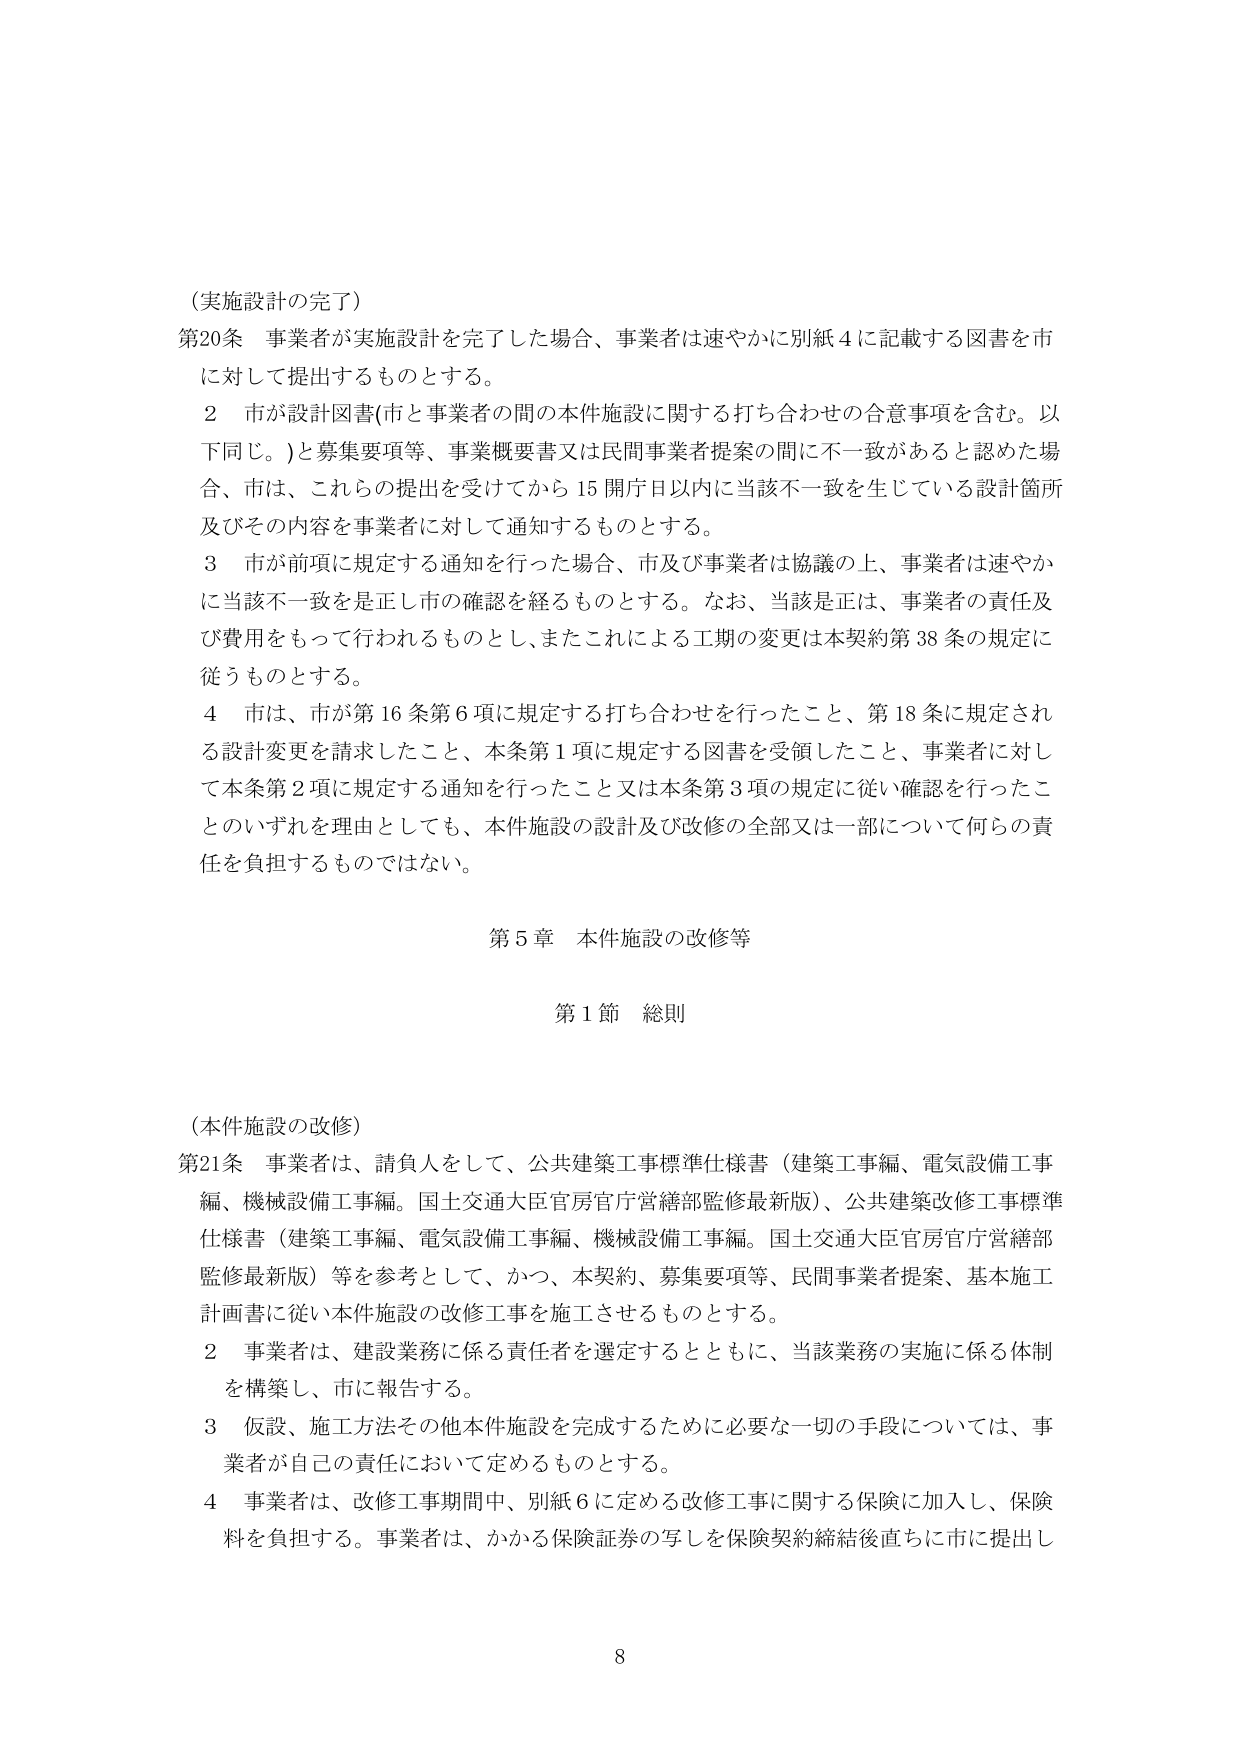
（実施設計の完了）

第20条 事業者が実施設計を完了した場合、事業者は速やかに別紙４に記載する図書を市に対して提出するものとする。

２ 市が設計図書（市と事業者の間の本件施設に関する打ち合わせの合意事項を含む。以下同じ。）と募集要項等、事業概要書又は民間事業者提案の間に不一致があると認めた場合、市は、これらの提出を受けてから15開庁日以内に当該不一致を生じている設計箇所及びその内容を事業者に対して通知するものとする。

３ 市が前項に規定する通知を行った場合、市及び事業者は協議の上、事業者は速やかに当該不一致を是正し市の確認を経るものとする。なお、当該是正は、事業者の責任及び費用をもって行われるものとし、またこれによる工期の変更は本契約第38条の規定に従うものとする。

４ 市は、市が第16条第6項に規定する打ち合わせを行ったこと、第18条に規定される設計変更を請求したこと、本条第1項に規定する図書を受領したこと、事業者に対して本条第2項に規定する通知を行ったこと又は本条第3項の規定に従い確認を行ったことのいずれを理由としても、本件施設の設計及び改修の全部又は一部について何らの責任を負担するものではない。

第5章 本件施設の改修等

第1節 総則

（本件施設の改修）

第21条 事業者は、請負人をして、公共建築工事標準仕様書（建築工事編、電気設備工事編、機械設備工事編。国土交通大臣官房官庁営繕部監修最新版）、公共建築改修工事標準仕様書（建築工事編、電気設備工事編、機械設備工事編。国土交通大臣官房官庁営繕部監修最新版）等を参考として、かつ、本契約、募集要項等、民間事業者提案、基本施工計画書に従い本件施設の改修工事を施工させるものとする。

２ 事業者は、建設業務に係る責任者を選定するとともに、当該業務の実施に係る体制を構築し、市に報告する。

３ 仮設、施工方法その他本件施設を完成するために必要な一切の手段については、事業者が自己の責任において定めるものとする。

４ 事業者は、改修工事期間中、別紙６に定める改修工事に関する保険に加入し、保険料を負担する。事業者は、かかる保険証券の写しを保険契約締結後直ちに市に提出し

8